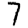
Digit: 7